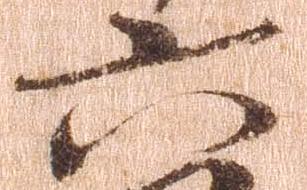
六